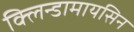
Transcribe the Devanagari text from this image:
क्लिन्डामायसिन